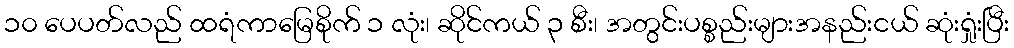
၁၀ ပေပတ်လည် ထရံကာမြေစိုက် ၁ လုံး၊ ဆိုင်ကယ် ၃ စီး၊ အတွင်းပစ္စည်းများအနည်းငယ် ဆုံးရှုံးပြီး